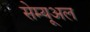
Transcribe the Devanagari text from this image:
सेम्यूअल